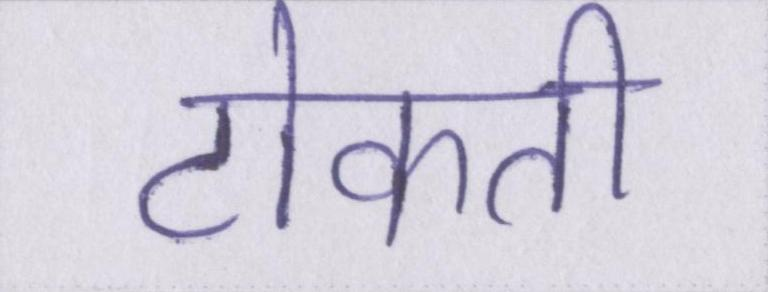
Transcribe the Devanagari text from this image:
टोकती